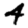
Digit: 4